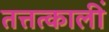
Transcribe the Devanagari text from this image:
तत्तत्कालीं